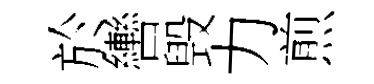
於轡毁力煎